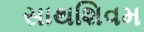
સાથશિવમ